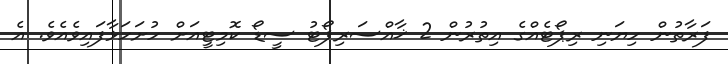
ފަރާތުން ހިޔަނި ރިޕޯޓެއްގެ އިތުރުން 2 ޚާއްސަރިޕޯޓު ސީޑޯ ކޮމިޓީއަށް ހުށަހަޅާފައިވެއެވެ. އެ